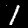
Label: 1